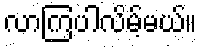
လာကြပါလိမ့်မယ်။